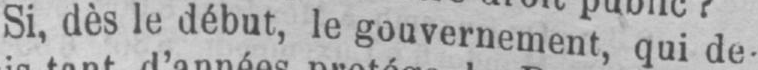
Si, dès le début, le gouvernement, qui de-